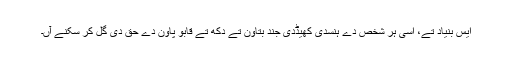
ایس بنیاد تے، اسی ہر شخص دے ہنسدی کھیڈدی جند بتاون تے دکھ تے قابو پاون دے حق دی گل کر سکنے آں۔